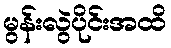
မွန်းလွဲပိုင်းအထိ